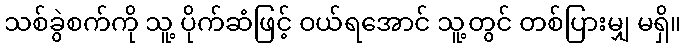
သစ်ခွဲစက်ကို သူ့ ပိုက်ဆံဖြင့် ဝယ်ရအောင် သူ့တွင် တစ်ပြားမျှ မရှိ။